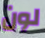
لون